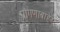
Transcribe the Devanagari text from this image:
प्रांगणाबाहेर